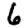
Digit: 6